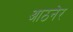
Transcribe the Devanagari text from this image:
आठनेर